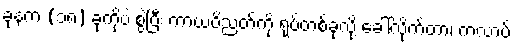
ခုနက (၁၈) ခုကိုပဲ စွဲပြီး ကာယဝိညတ်ကို ရုပ်တစ်ခုလို့ ခေါ်လိုက်တာ၊ ကလာပ်